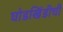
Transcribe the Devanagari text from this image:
घोडखिंडीची